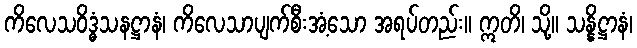
ကိလေသဝိဒ္ဓံသနဋ္ဌာနံ၊ ကိလေသာပျက်စီးအံ့သော အရပ်တည်း။ ဣတိ၊ သို့။ သန္နိဋ္ဌာနံ၊